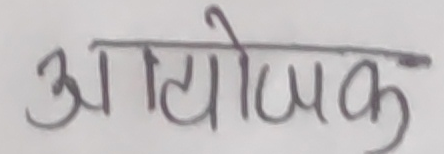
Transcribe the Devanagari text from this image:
आयोजक